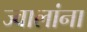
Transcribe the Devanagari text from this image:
ज्वालांना